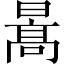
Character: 暠